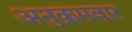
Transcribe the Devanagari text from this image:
अनुक्रमवार